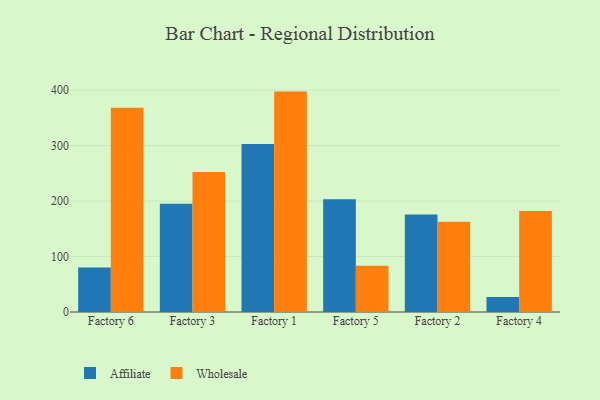
{"axis": {"x": "Factory", "y": "Headcount"}, "legend": ["Affiliate", "Wholesale"], "data": [{"x": "Factory 6", "y": 80.4, "type": "Affiliate"}, {"x": "Factory 6", "y": 368.2, "type": "Wholesale"}, {"x": "Factory 3", "y": 195.2, "type": "Affiliate"}, {"x": "Factory 3", "y": 252.6, "type": "Wholesale"}, {"x": "Factory 1", "y": 302.7, "type": "Affiliate"}, {"x": "Factory 1", "y": 397.4, "type": "Wholesale"}, {"x": "Factory 5", "y": 203.2, "type": "Affiliate"}, {"x": "Factory 5", "y": 83.3, "type": "Wholesale"}, {"x": "Factory 2", "y": 176.0, "type": "Affiliate"}, {"x": "Factory 2", "y": 162.8, "type": "Wholesale"}, {"x": "Factory 4", "y": 26.9, "type": "Affiliate"}, {"x": "Factory 4", "y": 182.3, "type": "Wholesale"}]}